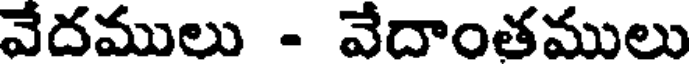
వేదములు - వేదాంతములు